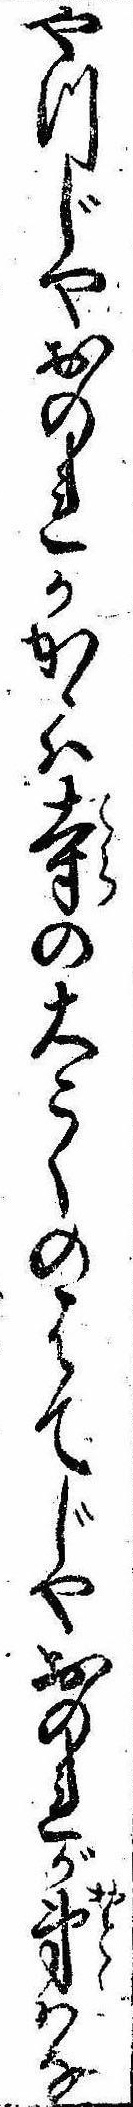
やつじやおのれかかゝは寺の大こくのはてじやおのれが弟はな